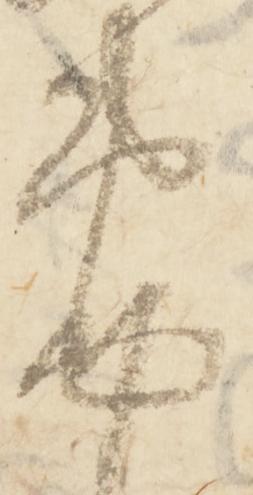
筆